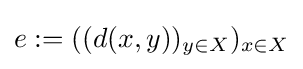
e:=((d(x,y))_{y\in X})_{x\in X}